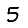
Digit: 5